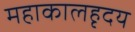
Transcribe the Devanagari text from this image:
महाकालहृदय